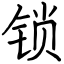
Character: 锁